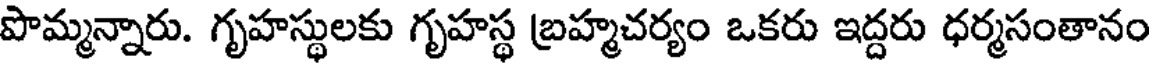
పొమ్మన్నారు. గృహస్థులకు గృహస్థ బ్రహ్మచర్యం ఒకరు ఇద్దరు ధర్మసంతానం